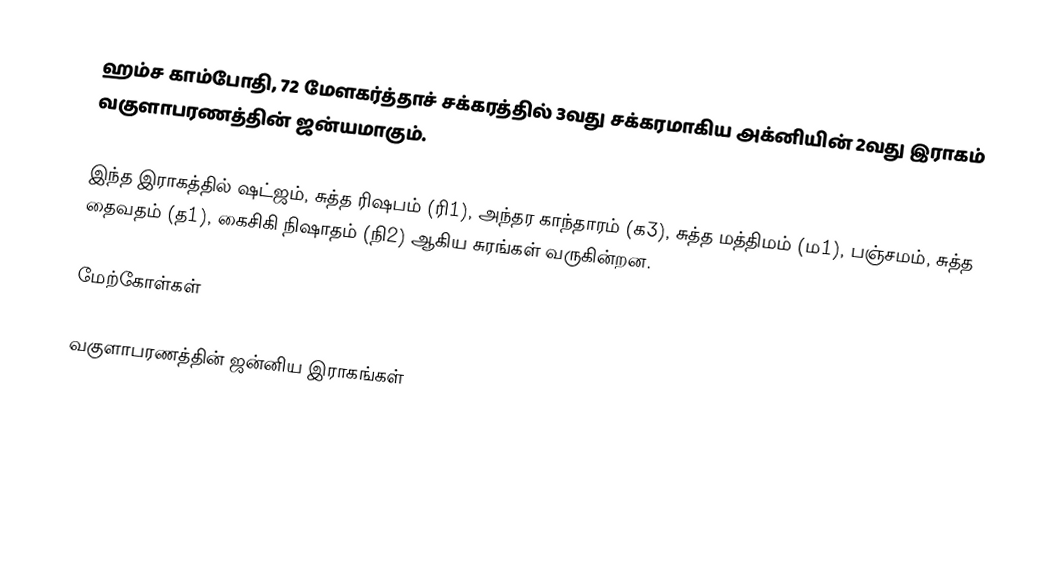
ஹம்ச காம்போதி, 72 மேளகர்த்தாச் சக்கரத்தில் 3வது சக்கரமாகிய அக்னியின் 2வது இராகம் வகுளாபரணத்தின் ஜன்யமாகும்.

 இந்த இராகத்தில் ஷட்ஜம், சுத்த ரிஷபம் (ரி1), அந்தர காந்தாரம் (க3), சுத்த மத்திமம் (ம1), பஞ்சமம், சுத்த தைவதம் (த1), கைசிகி நிஷாதம் (நி2) ஆகிய சுரங்கள் வருகின்றன.

மேற்கோள்கள்

வகுளாபரணத்தின் ஜன்னிய இராகங்கள்